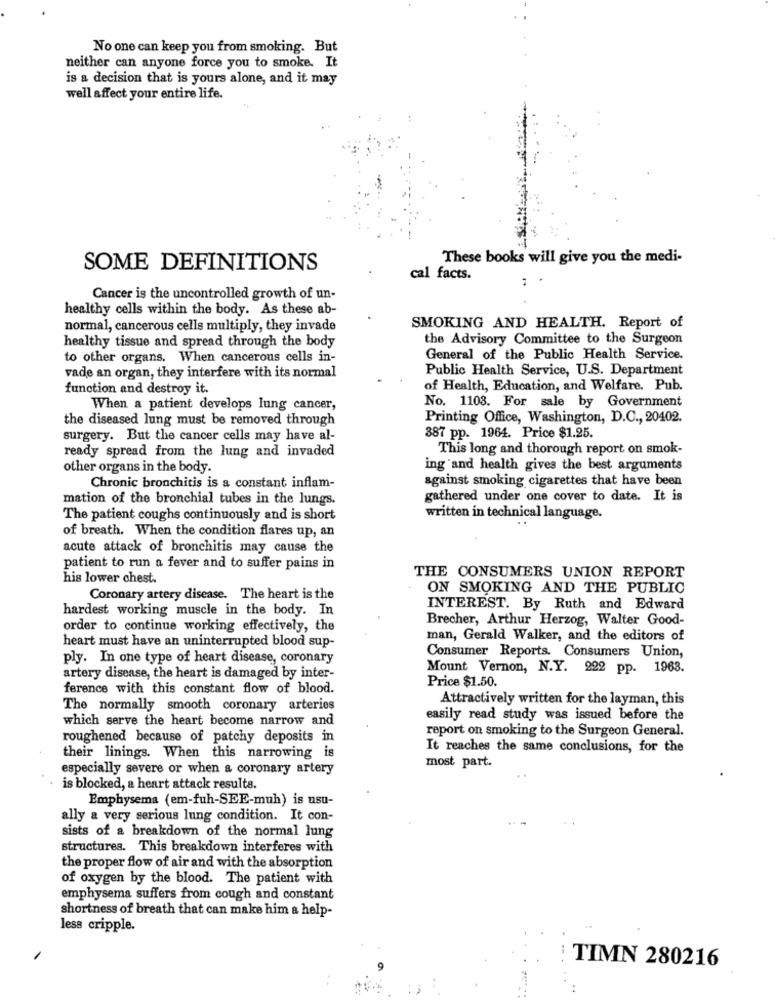
No one can keep you from smoking. But
neither can anyone force you to smoke. It
is a decision that is yours alone, and it may
well affect your entire life.
These books will give you the medi-
SOME DEFINITIONS
cal facts.
Cancer is the uncontrolled growth of un-
healthy cells within the body. As these ab-
normal, cancerous cells multiply, they invade
SMOKING AND HEALTH. Report of
healthy tissue and spread through the body
the Advisory Committee to the Surgeon
to other organs. When cancerous cells in-
General of the Public Health Service.
vade an organ, they interfere with its normal
Public Health Service, U.S. Department
function and destroy it.
of Health, Education, and Welfare. Pub.
When a patient develops lung cancer,
No. 1103. For sale by Government
the diseased lung must be removed through
Printing Office, Washington, D.C ., 20402.
surgery. But the cancer cells may have al-
387 pp. 1964. Price $1.25.
ready spread from the lung and invaded
This long and thorough report on smok-
other organs in the body.
ing and health gives the best arguments
against smoking cigarettes that have been
Chronic bronchitis is a constant inflam-
mation of the bronchial tubes in the lungs.
gathered under one cover to date. It is
The patient coughs continuously and is short
written in technical language.
of breath. When the condition flares up, an
acute attack of bronchitis may cause the
patient to run a fever and to suffer pains in
his lower chest.
THE CONSUMERS UNION REPORT
ON SMOKING AND THE PUBLIC
Coronary artery disease. The heart is the
hardest working muscle in the body. In
INTEREST. By Ruth and Edward
Brecher, Arthur Herzog, Walter Good-
order to continue working effectively, the
heart must have an uninterrupted blood sup-
man, Gerald Walker, and the editors of
Consumer Reports. Consumers Union,
ply. In one type of heart disease, coronary
Mount Vernon, N.Y. 222 pp. 1963.
artery disease, the heart is damaged by inter-
Price $1.50.
ference with this constant flow of blood.
Attractively written for the layman, this
The normally smooth coronary arteries
which serve the heart become narrow and
easily read study was issued before the
report on smoking to the Surgeon General.
roughened because of patchy deposits in
It reaches the same conclusions, for the
their linings. When this narrowing is
most part.
especially severe or when a coronary artery
is blocked, a heart attack results.
Emphysema (em-fuh-SEE-muh) is usu-
ally a very serious lung condition. It con-
sists of a breakdown of the normal lung
structures. This breakdown interferes with
the proper flow of air and with the absorption
of oxygen by the blood. The patient with
emphysema suffers from cough and constant
shortness of breath that can make him a help-
less cripple.
TIMN 280216